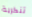
تنكرية